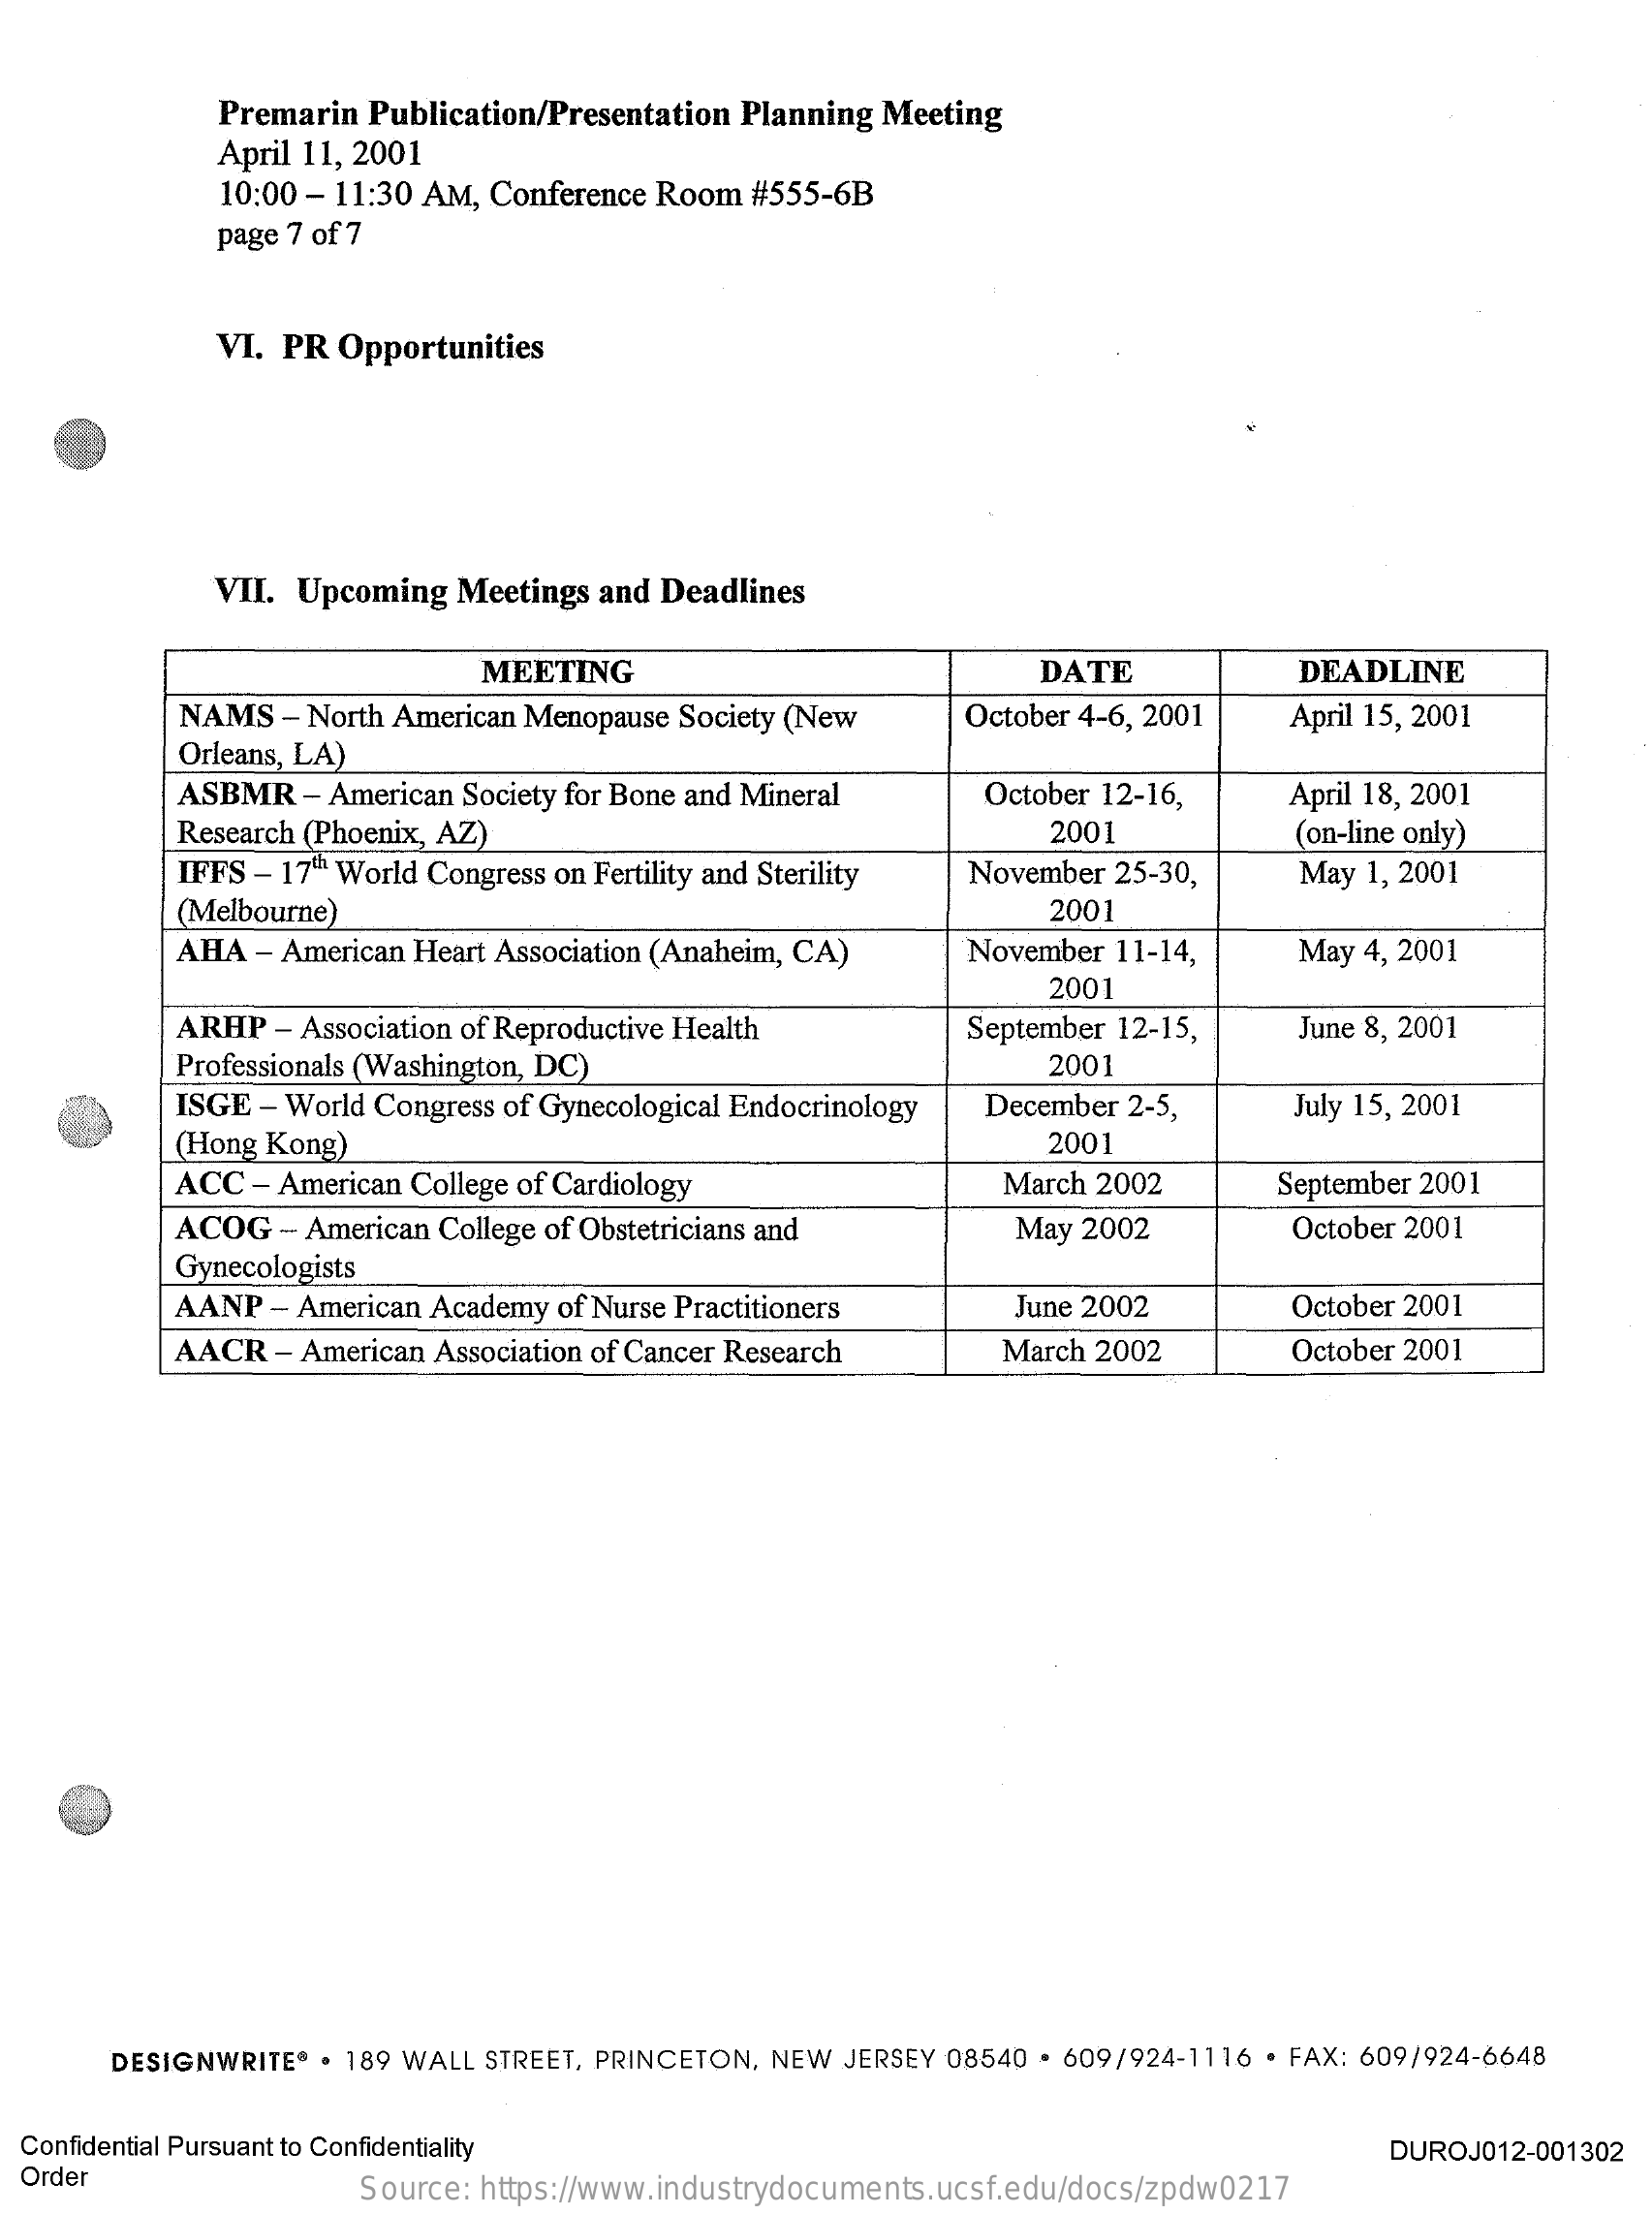
Premarin Publication/Presentation Planning Meeting
     April 11, 2001
     10:00 - 11:30 AM, Conference Room #555-6B
     page 7 of 7
     VI. PR Opportunities
     VII. Upcoming Meetings and Deadlines
     MEETING    DATE    DEADLINE
     NAMS  - North American Menopause Society (New October 4-6, 2001
     Orleans, LA)
     April 15, 2001
     ASBMR - American Society for Bone and Mineral October 12-16,  April 18, 2001
     Research (Phoenix, AZ)    2001    (on-line only)
     IFFS - 17th World Congress on Fertility and Sterility November 25-30, May 1, 2001
     (Melbourne)    2001
     AHA  - American Heart Association (Anaheim, CA) November 11-14, May 4, 2001
     2001
     ARHP  - Association of Reproductive Health   September 12-15,  June 8, 2001
     Professionals (Washington, DC)    2001
     ISGE - World Congress of Gynecological Endocrinology December 2-5, July 15, 2001
     (Hong Kong)    2001
     ACC - American College of Cardiology    March 2002    September 2001
     ACOG  - American College of Obstetricians and   May 2002    October 2001
     Gynecologists
     AANP - American Academy of Nurse Practitioners June 2002    October 2001
     AACR  - American Association of Cancer Research March 2002    October 2001
     DESIGNWRITE® . 189 WALL STREET, PRINCETON, NEW JERSEY 08540 . 609/924-1116 · FAX: 609/924-6648
  Confidential Pursuant to Confidentiality
  Order
     DUROJO12-001302
     Source: https://www.industrydocuments.ucsf.edu/docs/zpdw0217